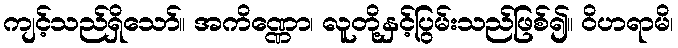
ကျင့်သည်ရှိသော်။ အကိဏ္ဏော၊ လူတို့နှင့်ပြွမ်းသည်ဖြစ်၍။ ဝိဟရာမိ၊